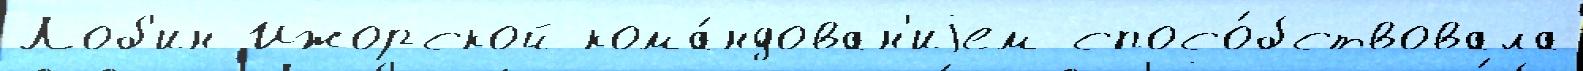
Лоб'ин Ижорской кома́ндован'иjем спосо́бствовала